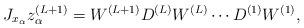
LaTeX: \begin{align*}J_{x_\alpha}z_{\alpha}^{(L+1)} = W^{(L+1)}D^{(L)}W^{(L)}\cdots D^{(1)}W^{(1)}, \end{align*}